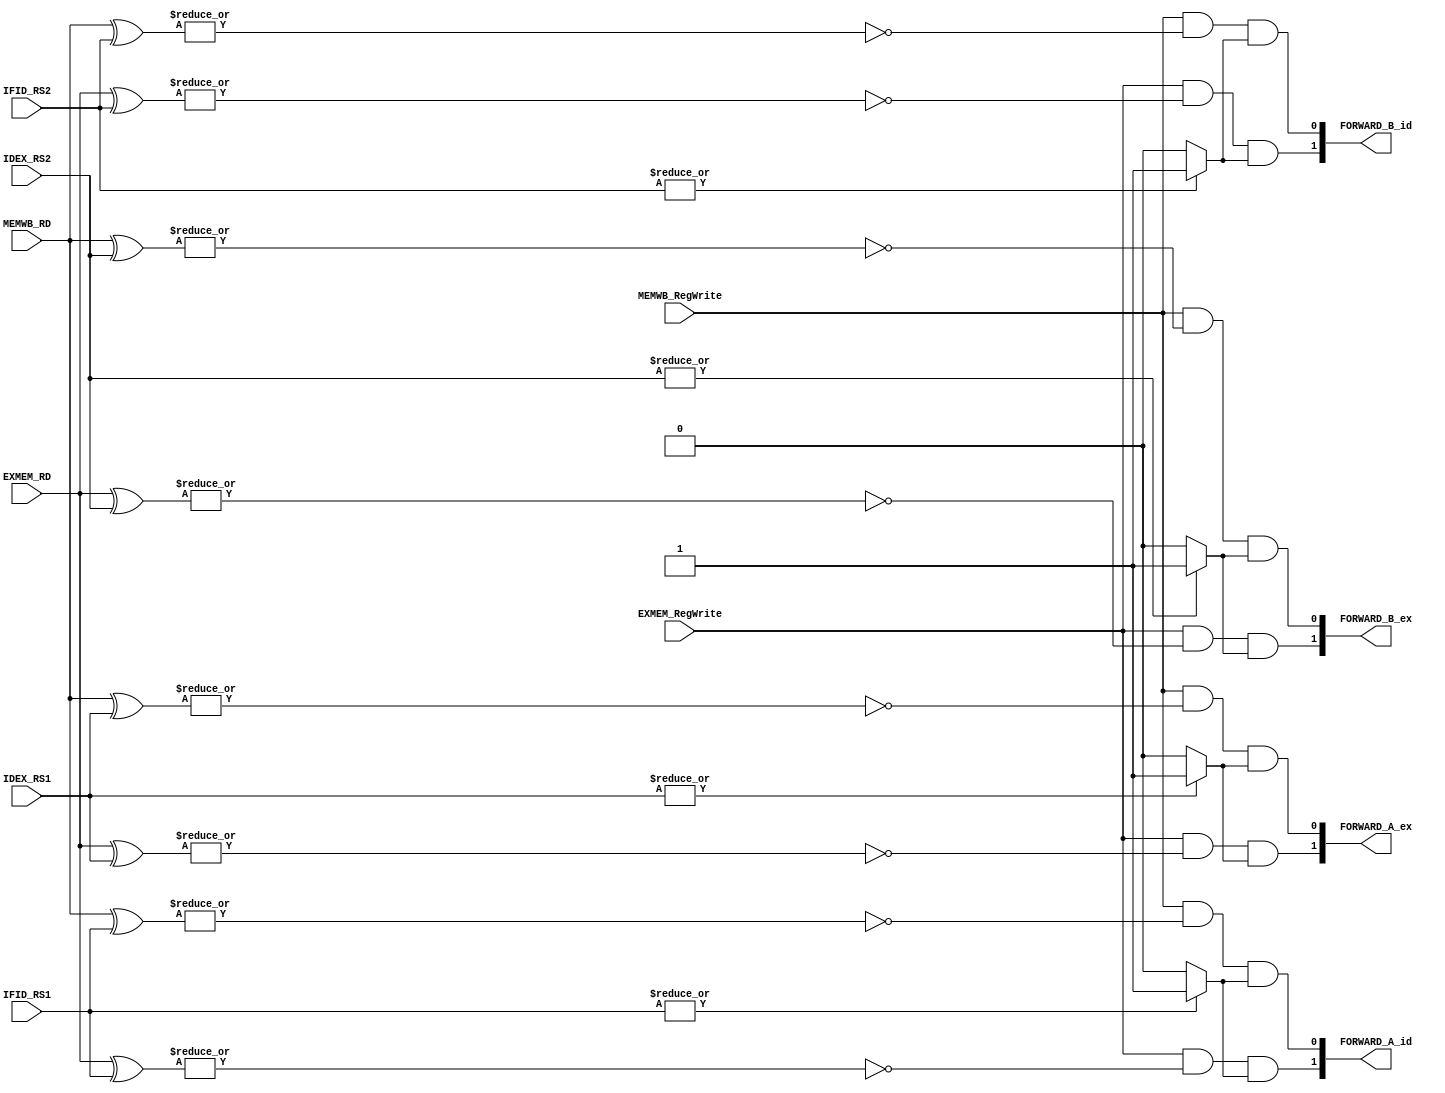
module FORWARDING_UNIT(
	input  [4:0] EXMEM_RD,
	input  [4:0] IDEX_RS1,
	input  [4:0] IDEX_RS2,
	input  [4:0] IFID_RS1,
	input  [4:0] IFID_RS2,	
	input  [4:0] MEMWB_RD,
	input        EXMEM_RegWrite,
	input        MEMWB_RegWrite,
	output reg [1:0] FORWARD_A_ex,
	output reg [1:0] FORWARD_B_ex,
	output reg [1:0] FORWARD_A_id,
	output reg [1:0] FORWARD_B_id
	);
	
	wire FLAG1, FLAG2, FLAG3, FLAG4;
	wire FLAG5, FLAG6, FLAG7, FLAG8;
	wire FLAG_RS1_ZERO, FLAG_RS2_ZERO;


	assign FLAG1 = ~|(EXMEM_RD ^ IDEX_RS1);
	assign FLAG2 = ~|(MEMWB_RD ^ IDEX_RS1);
	assign FLAG3 = ~|(EXMEM_RD ^ IDEX_RS2);
	assign FLAG4 = ~|(MEMWB_RD ^ IDEX_RS2);

	assign FLAG5 = ~|(EXMEM_RD ^ IFID_RS1);
	assign FLAG6 = ~|(MEMWB_RD ^ IFID_RS1);
	assign FLAG7 = ~|(EXMEM_RD ^ IFID_RS2);
	assign FLAG8 = ~|(MEMWB_RD ^ IFID_RS2);

	assign FLAG_RS1_ZERO = (|(IFID_RS1))? 1'b1: 1'b0;
	assign FLAG_RS2_ZERO = (|(IFID_RS2))? 1'b1: 1'b0;

	assign FLAG_RS1_ZERO_EX = (|(IDEX_RS1))? 1'b1: 1'b0;
	assign FLAG_RS2_ZERO_EX = (|(IDEX_RS2))? 1'b1: 1'b0;

	always@(*) begin
		FORWARD_A_ex[1] = (EXMEM_RegWrite && FLAG1 && (FLAG_RS1_ZERO_EX));
		FORWARD_A_ex[0] = (MEMWB_RegWrite && FLAG2 && (FLAG_RS1_ZERO_EX));

		FORWARD_B_ex[1] = (EXMEM_RegWrite && FLAG3 && (FLAG_RS2_ZERO_EX));
		FORWARD_B_ex[0] = (MEMWB_RegWrite && FLAG4 && (FLAG_RS2_ZERO_EX));
		
		
		FORWARD_A_id[1] = (EXMEM_RegWrite && FLAG5 && (FLAG_RS1_ZERO));
		FORWARD_A_id[0] = (MEMWB_RegWrite && FLAG6 && (FLAG_RS1_ZERO));
		

		FORWARD_B_id[1] = (EXMEM_RegWrite && FLAG7 && (FLAG_RS2_ZERO));
		FORWARD_B_id[0] = (MEMWB_RegWrite && FLAG8 && (FLAG_RS2_ZERO));
	end

endmodule